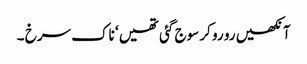
آنکھیں رو رو کر سوج گئی تھیں ‘ ناک سرخ ۔